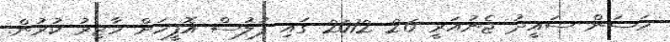
ހަސަން ސައީދު ޖެނުއަރީ 26 2012 ގައި ފުލުސް އޮފީހަށް ހާޒިރު ކުރުން.